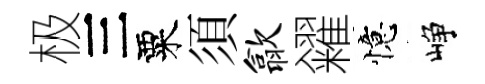
极三粟須歙糴憶峥